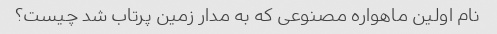
نام اولین ماهواره مصنوعی که به مدار زمین پرتاب شد چیست؟